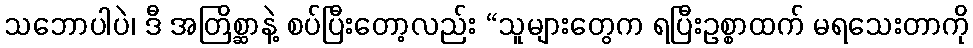
သဘောပါပဲ၊ ဒီ အတြိစ္ဆာနဲ့ စပ်ပြီးတော့လည်း “သူများတွေက ရပြီးဥစ္စာထက် မရသေးတာကို